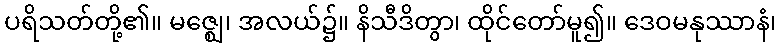
ပရိသတ်တို့၏။ မဇ္ဈေ၊ အလယ်၌။ နိသီဒိတွာ၊ ထိုင်တော်မူ၍။ ဒေဝမနုဿာနံ၊